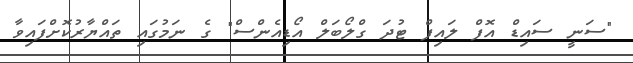
"ސަނީ ސައިޑް އޮފް ލައިފް ޓުދަ ގްލޯބަލް އޯޑިއެންސް" ގެ ނަމުގައި ތައްޔާރުކޮށްފައިވާ